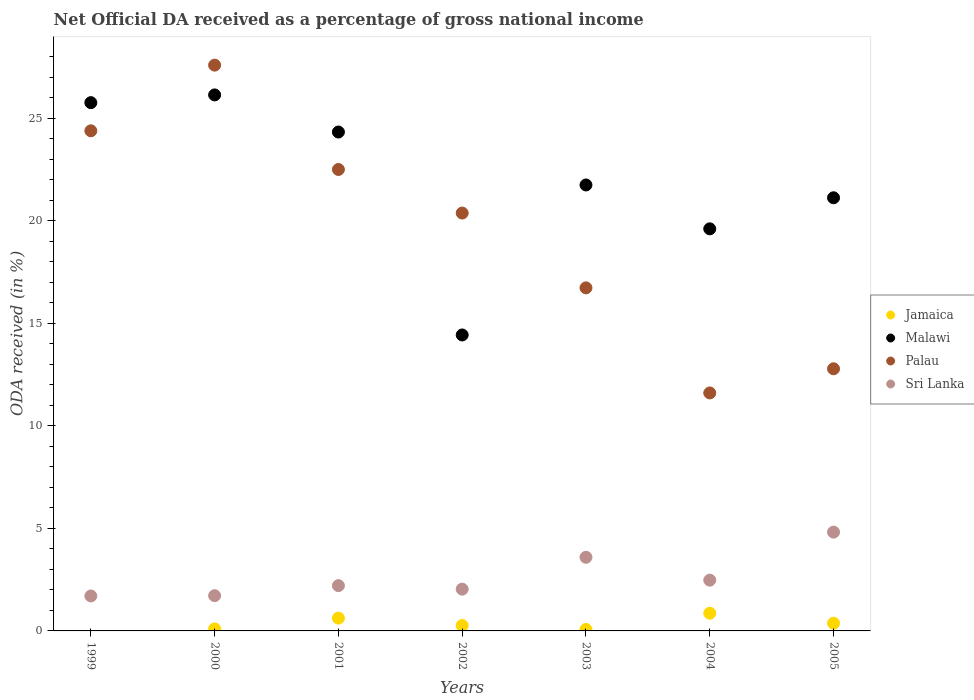
| Years | Jamaica | Malawi | Palau | Sri Lanka |
 | --- | --- | --- | --- | --- |
 | 1999 | -0.265 | 25.8 | 24.4 | 1.7 |
 | 2000 | 0.0997 | 26.1 | 27.6 | 1.72 |
 | 2001 | 0.625 | 24.3 | 22.5 | 2.21 |
 | 2002 | 0.264 | 14.4 | 20.4 | 2.04 |
 | 2003 | 0.0737 | 21.7 | 16.7 | 3.59 |
 | 2004 | 0.863 | 19.6 | 11.6 | 2.48 |
 | 2005 | 0.376 | 21.1 | 12.8 | 4.82 |